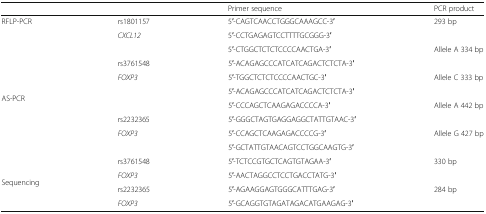
|  |  | Primer sequence | PCR product |
 | --- | --- | --- | --- |
 | <ROWSPAN=2> RFLP-PCR | rs1801157 | 5′-CAGTCAACCTGGGCAAAGCC-3′ | <ROWSPAN=2> 293 bp |
 | CXCL12 | 5′-CCTGAGAGTCCTTTTGCGGG-3′ |
 | <ROWSPAN=8> AS-PCR |  | 5′-CTGGCTCTCTCCCCAACTGA-3′ | <ROWSPAN=2> Allele A 334 bp |
 | rs3761548 | 5′-ACAGAGCCCATCATCAGACTCTCTA-3′ |
 | FOXP3 | 5′-TGGCTCTCTCCCCAACTGC-3′ | <ROWSPAN=2> Allele C 333 bp |
 |  | 5′-ACAGAGCCCATCATCAGACTCTCTA-3′ |
 |  | 5′-CCCAGCTCAAGAGACCCCA-3′ | <ROWSPAN=2> Allele A 442 bp |
 | rs2232365 | 5′-GGGCTAGTGAGGAGGCTATTGTAAC-3′ |
 | FOXP3 | 5′-CCAGCTCAAGAGACCCCG-3′ | <ROWSPAN=2> Allele G 427 bp |
 |  | 5′-GCTATTGTAACAGTCCTGGCAAGTG-3′ |
 | <ROWSPAN=4> Sequencing | rs3761548 | 5′-TCTCCGTGCTCAGTGTAGAA-3′ | <ROWSPAN=2> 330 bp |
 | FOXP3 | 5′-AACTAGGCCTCCTGACCTATG-3′ |
 | rs2232365 | 5′-AGAAGGAGTGGGCATTTGAG-3′ | <ROWSPAN=2> 284 bp |
 | FOXP3 | 5′-GCAGGTGTAGATAGACATGAAGAG-3′ |